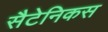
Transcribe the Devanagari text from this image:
सैटेनिकस